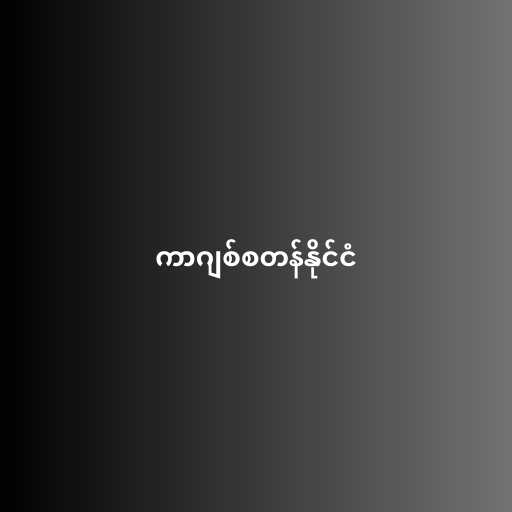
ကာဂျစ်စတန်နိုင်ငံ